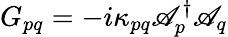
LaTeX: G_{pq}=-i\kappa_{pq}\mathscr{A}_{p}^{\dagger}\mathscr{A}_{q}